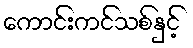
ကောင်းကင်သစ်နှင့်